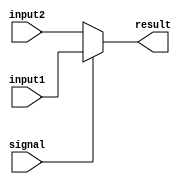
`timescale 1ns / 1ps
//////////////////////////////////////////////////////////////////////////////////
// Company: 
// Engineer: 
// 
// Design Name: 
// Module Name: Mux1
// Project Name: 
// Target Devices: 
// Tool Versions: 
// Description: 
// 
// Dependencies: 
// 
// Revision:
// Revision 0.01 - File Created
// Additional Comments:
// 
//////////////////////////////////////////////////////////////////////////////////


module Mux1(
    input [4:0] input1,
    input [4:0] input2,
    input signal,
    output [4:0] result
    );
    assign result=signal ? input1: input2;
endmodule